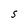
Character: S